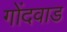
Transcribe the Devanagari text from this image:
गोंदवाड